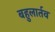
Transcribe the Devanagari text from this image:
बहुलार्तव